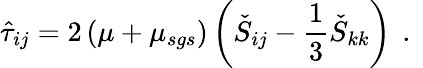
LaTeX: \hat{\tau}_{ij}=2\left(\mu+\mu_{sgs}\right)\left(\check{S}_{ij}-\frac{1}{3}\check{S}_{kk}\right)\, \mathrm{~.~}